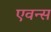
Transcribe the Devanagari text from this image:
एवन्स